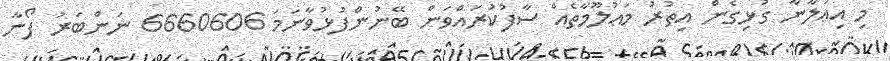
މި އިޢުލާނާ ގުޅިގެން އިތުރު މަޢުލޫމާތެއް ސާފުކުރައްވަން ބޭނުންފުޅުވާނަމަ 6660606 ނަންބަރު ފޯނާ